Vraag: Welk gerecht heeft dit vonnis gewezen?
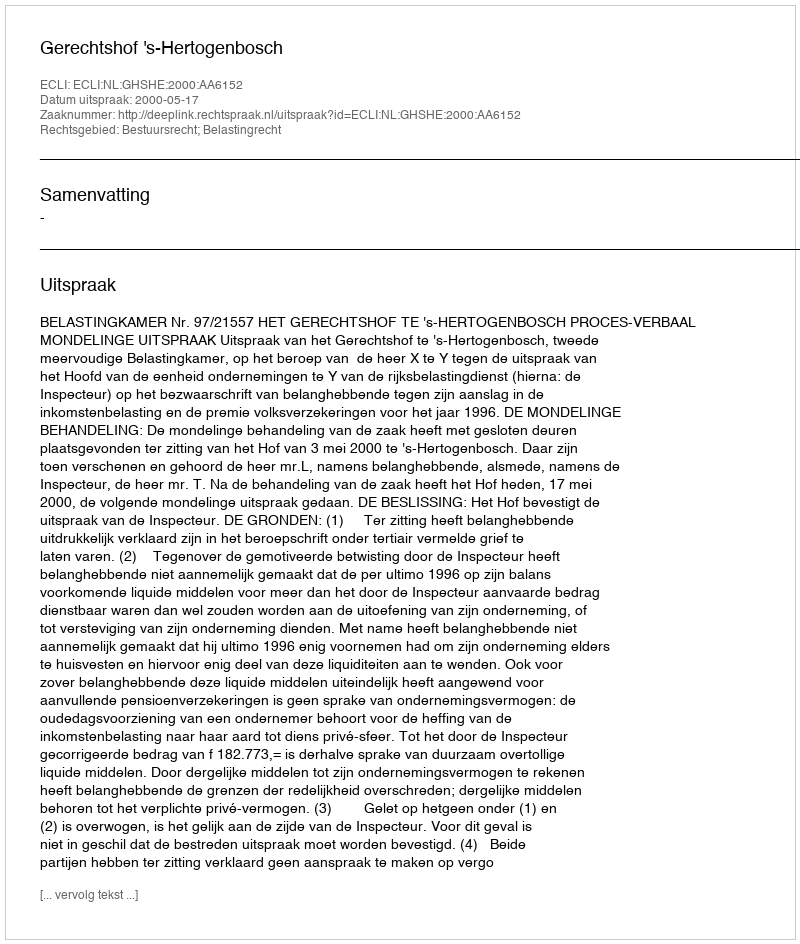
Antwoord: Gerechtshof 's-Hertogenbosch